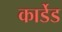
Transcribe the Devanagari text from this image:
कार्डेड